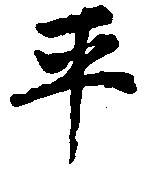
平